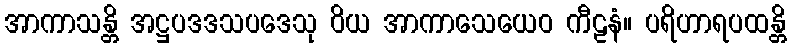
အာကာသန္တိ အဋ္ဌပဒဒသပဒေသု ဝိယ အာကာသေယေဝ ကီဠနံ။ ပရိဟာရပထန္တိ